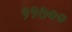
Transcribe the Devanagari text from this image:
११७००